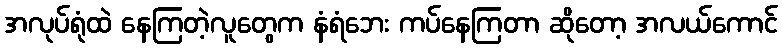
အလုပ်ရုံထဲ နေကြတဲ့လူတွေက နံရံဘေး ကပ်နေကြတာ ဆိုတော့ အလယ်ကောင်